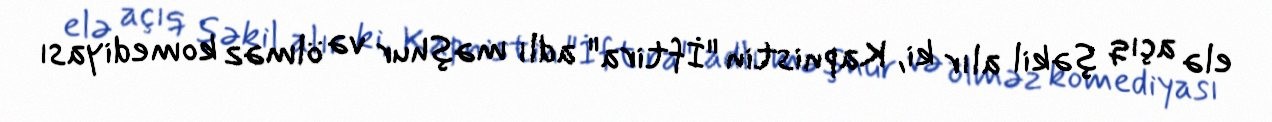
elə açıq şəkil alır ki, Kapnistin "İftira" adlı məşhur və ölməz komediyası